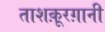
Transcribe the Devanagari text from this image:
ताशक़ूरग़ानी